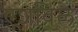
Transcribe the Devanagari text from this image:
एशविले